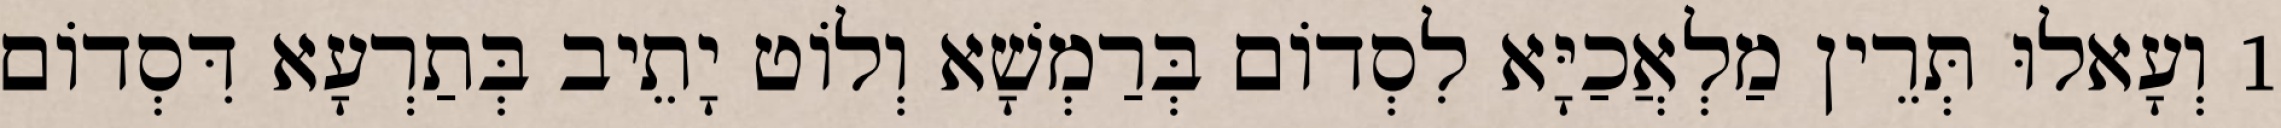
1 וְעָאלוּ תְּרֵין מַלְאֲכַיָּא לִסְדוֹם בְּרַמְשָׁא וְלוֹט יָתֵיב בְּתַרְעָא דִּסְדוֹם